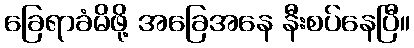
ခြေရာခံမိဖို့ အခြေအနေ နီးစပ်နေပြီ။